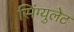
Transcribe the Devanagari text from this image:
सिंग्युलेट